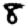
Digit: 8